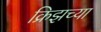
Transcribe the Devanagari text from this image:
क्रिझच्या